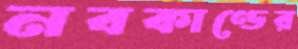
নবকাণ্ডের